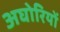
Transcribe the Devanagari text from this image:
अघोरियों